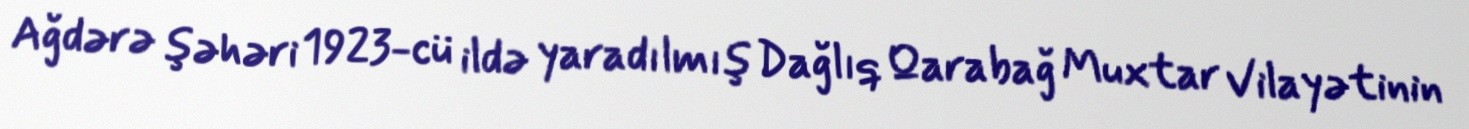
Ağdərə şəhəri 1923-cü ildə yaradılmış Dağlıq Qarabağ Muxtar Vilayətinin